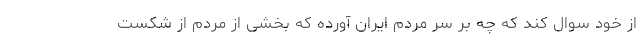
از خود سوال کند که چه بر سر مردم ایران آورده که بخشی از مردم از شکست